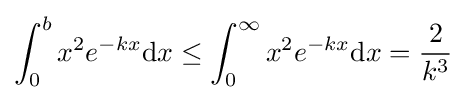
\int _{0}^{b}x^{2}e^{-kx}\mathrm {d} x\leq \int _{0}^{\infty }x^{2}e^{-kx}\mathrm {d} x={\frac {2}{k^{3}}}